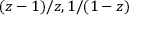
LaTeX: ( z - 1 ) / z , 1 / ( 1 - z )